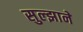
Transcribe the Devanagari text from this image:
सुल्झाने